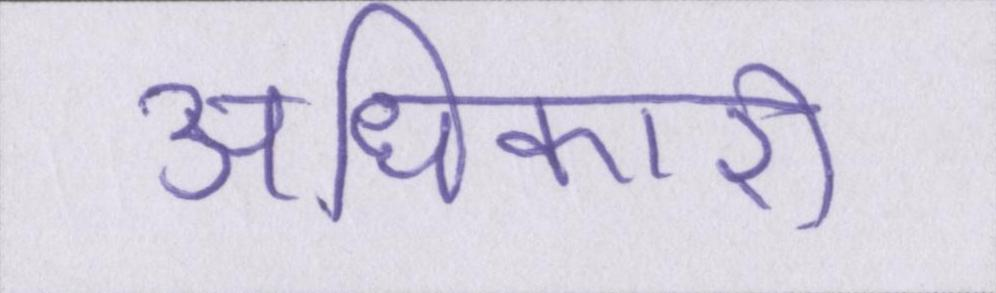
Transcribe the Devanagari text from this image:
अधिकारी